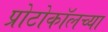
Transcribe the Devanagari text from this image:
प्रोटोकॉलच्या